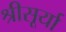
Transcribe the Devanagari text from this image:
श्रीसूर्या